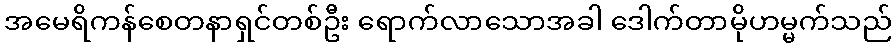
အမေရိကန်စေတနာရှင်တစ်ဦး ရောက်လာသောအခါ ဒေါက်တာမိုဟမ္မက်သည်